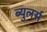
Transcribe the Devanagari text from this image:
ब्युलर्स